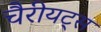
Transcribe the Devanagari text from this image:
चैरीयट्स